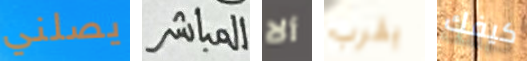
يصلني المباشر ألا يقرب كيفك